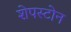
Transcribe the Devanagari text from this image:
शेपस्टोन